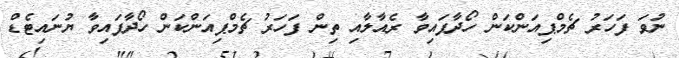
ނުވަ ފަހަރު ޗެމްޕިއަންކަން ހޯދާފައިވާ ރެއާލާއި ތިން ފަހަރު ޗެމްޕިއަންކަން ހޯދާފައިވާ ޔުނައިޓެޑް